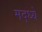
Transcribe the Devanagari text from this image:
मद्ध्ये